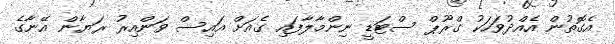
އެގޮތުން އެއްދުވަހަކު ގްރޫޕް ސްޓަޑީ ނިންމާލާފައި ގެއަށް އައިސް ވަންއިރު ރަޔާން އޭނާގެ